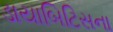
ડાયાબિટિસના